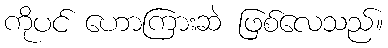
ကိုပင် ဟောကြားဆဲ ဖြစ်လေသည်။